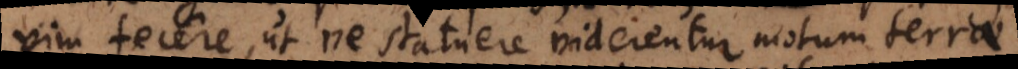
vim fecere, ut ne statuere viderentur motum terrae,